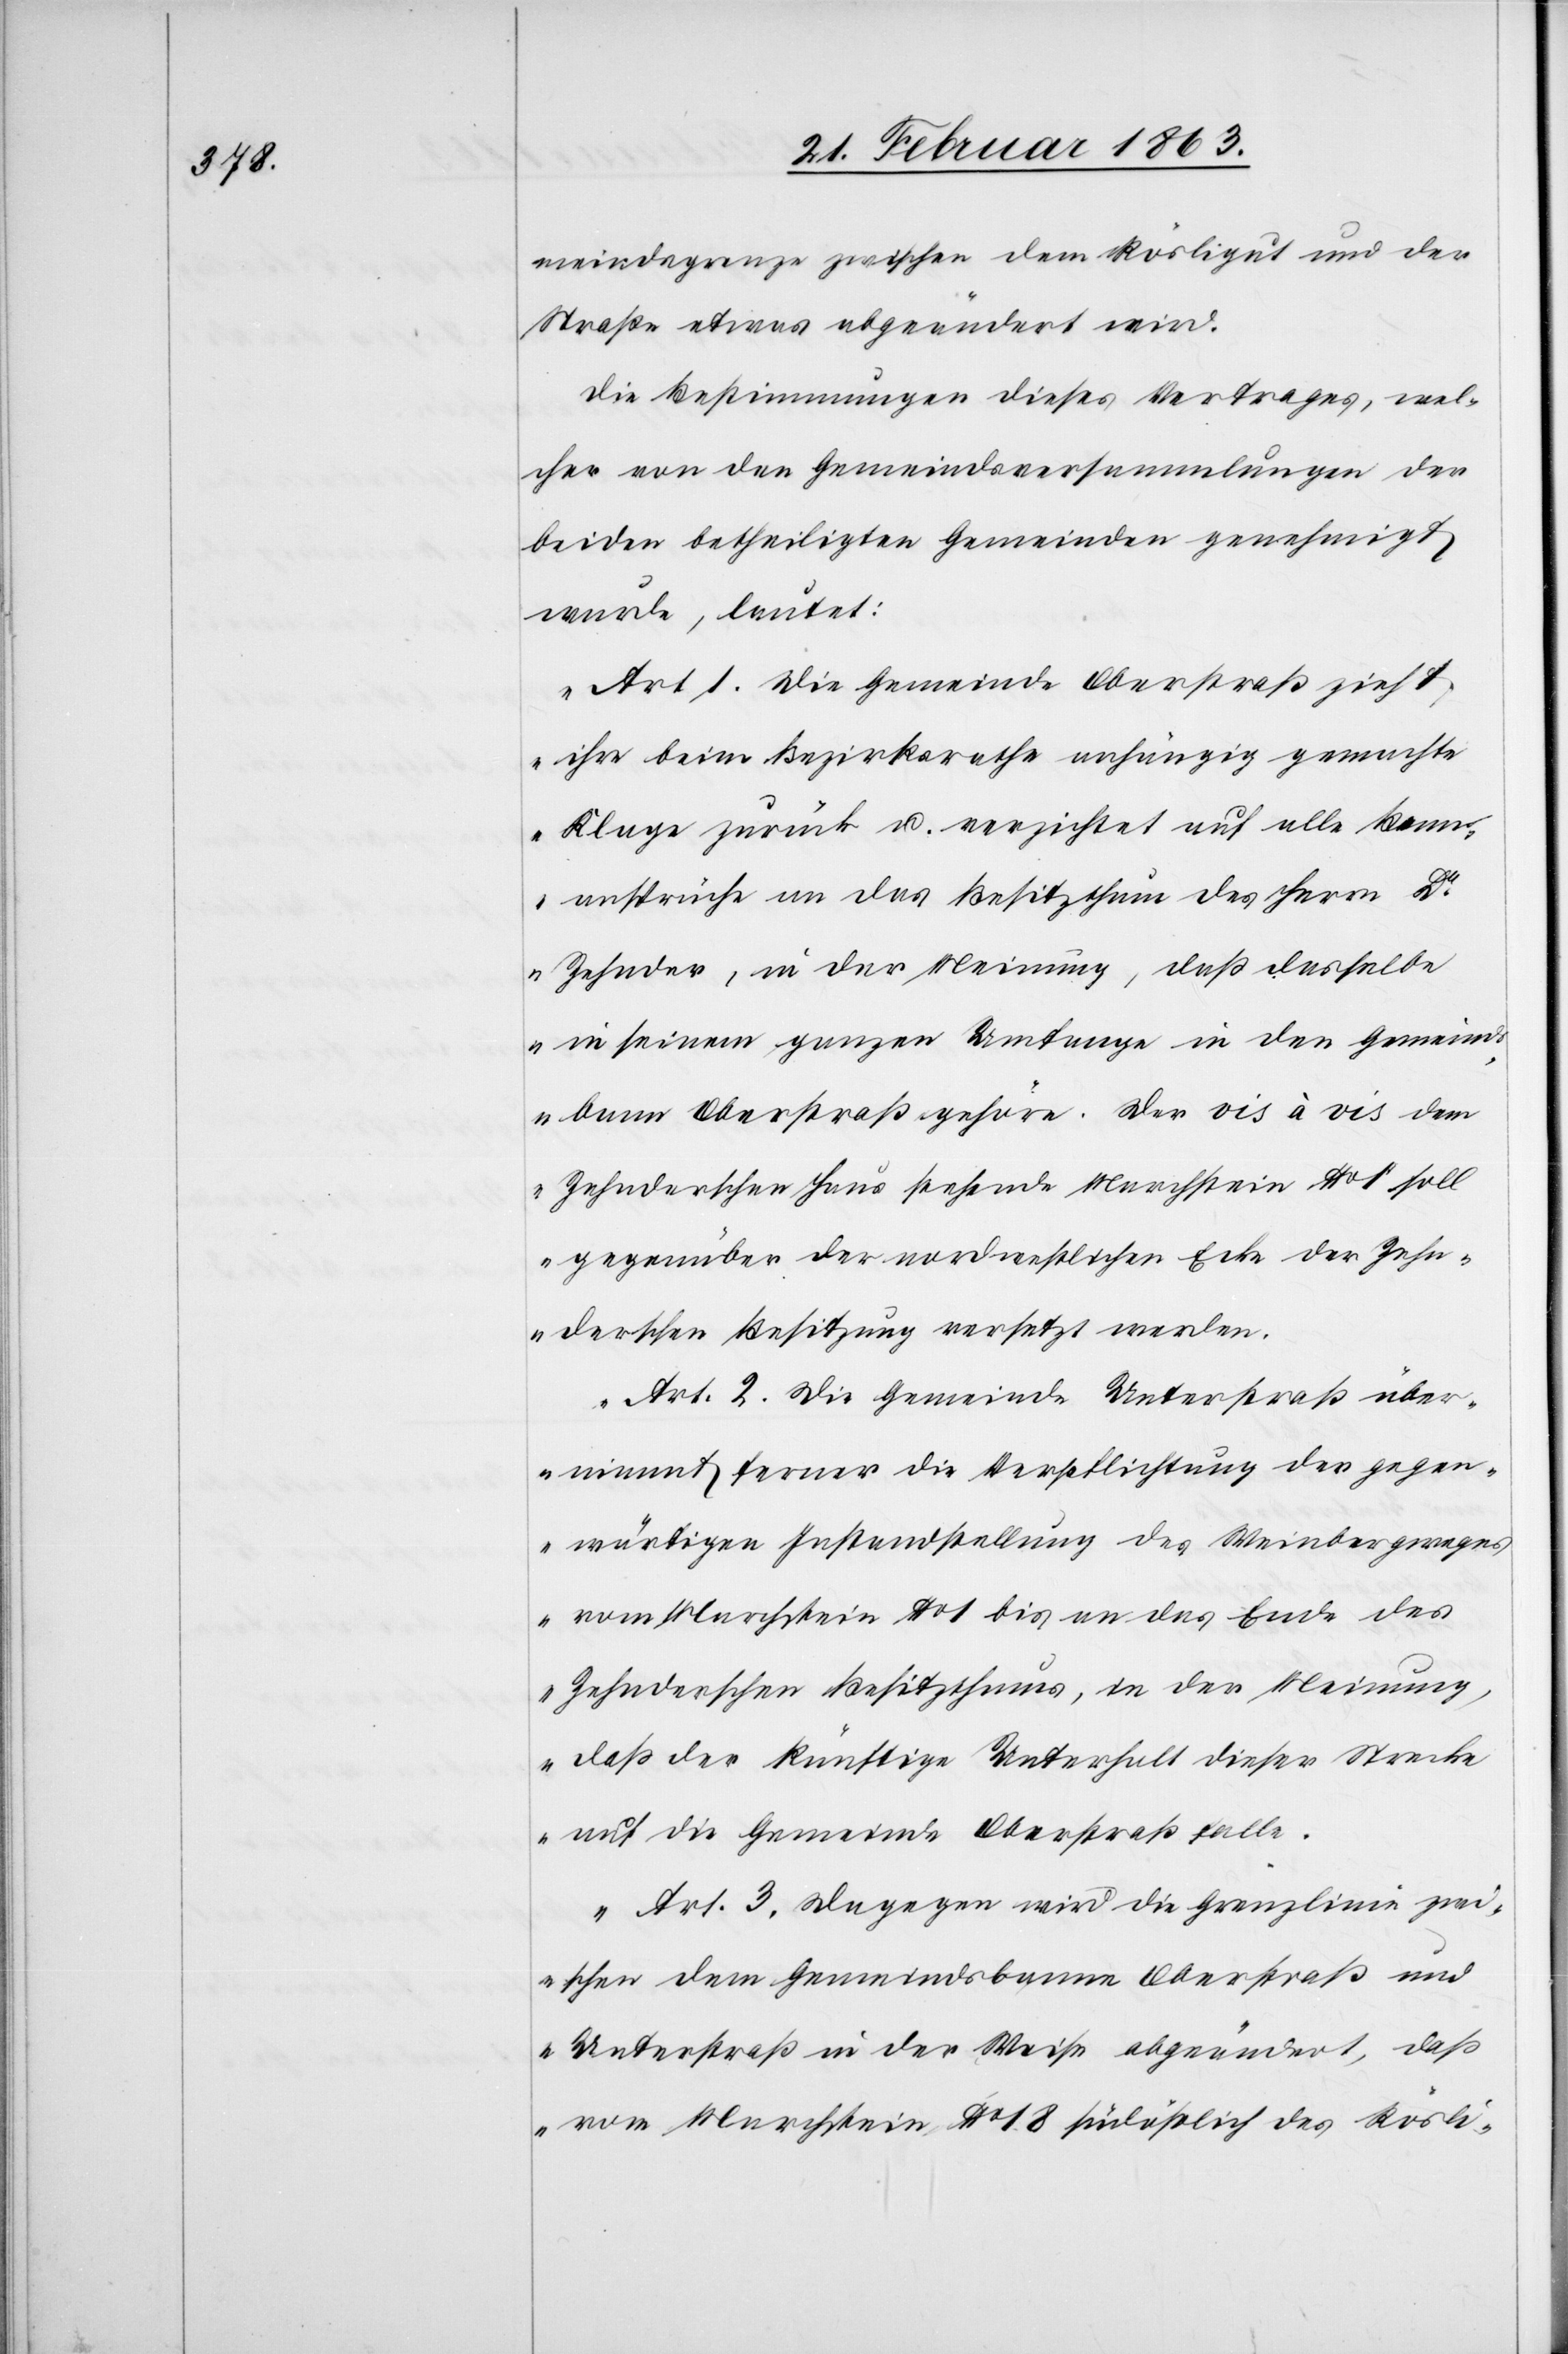
meindegrenze zwischen dem Rösligut und der
Straße etwas abgeändert wird.
Die Bestimmungen dieses Vertrages, wel¬
cher von den Gemeindsversammlungen der
beiden betheiligten Gemeinden genehmigt
wurde, lautet:
„Art. 1. Die Gemeinde Oberstraß zieht
ihre beim Bezirksrathe anhängig gemachte
Klage zurück u. verzichtet auf alle Bann¬
ansprüche an das Besitzthum des Herrn D¬
r Zehnder, in der Meinung, daß dasselbe
in seinem ganzen Umfange in den Gemeind¬
sbann Oberstraß gehöre. Der vis à vis dem
Zehnderschen Haus stehende Marchstein No 1 soll
gegenüber der nordwestlichen Ecke der Zehn¬
derschen Besitzung versetzt werden.
Art. 2. Die Gemeinde Unterstraß über¬
nimmt ferner die Verpflichtung der gegen¬
wärtigen Instandstellung des Weinbergweges
vom Marchstein No 1 bis an das Ende des
Zehnderschen Besitzthums, in der Meinung,
daß der künftige Unterhalt dieser Strecke
auf die Gemeinde Oberstraß falle.
Art. 3. Dagegen wird die Grenzlinie zwi¬
schen dem Gemeindsbanne Oberstraß und
Unterstraß in der Weise abgeändert, daß
vom Marchstein No 18 südöstlich des Rösli-